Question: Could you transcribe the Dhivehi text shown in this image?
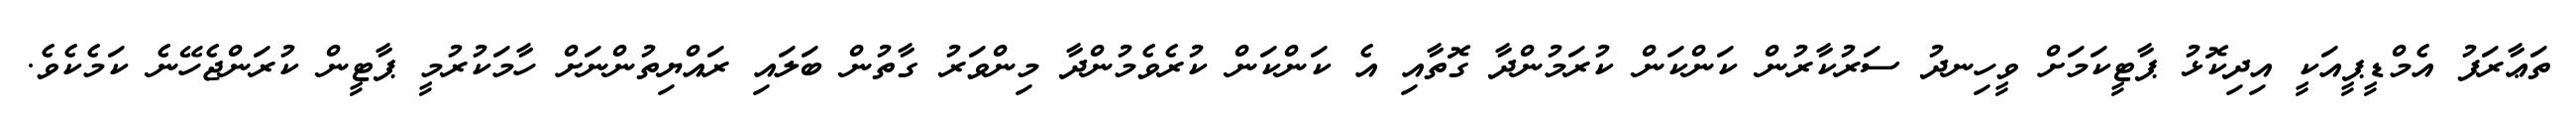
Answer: ތަޢާރަފު އެމްޑީޕީއަކީ އިދިކޮޅު ޕާޓީކަމަށް ވީހިނދު ސަރުކާރުން ކަންކަން ކުރަމުންދާ ގޮތާއި އެ ކަންކަން ކުރެވެމުންދާ މިންވަރު ގާތުން ބަލައި ރައްޔިތުންނަށް ހާމަކުރުމީ ޕާޓީން ކުރަންޖެހޭނެ ކަމެކެވެ.